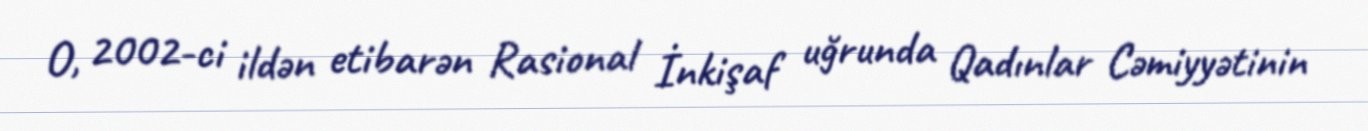
O, 2002-ci ildən etibarən Rasional İnkişaf uğrunda Qadınlar Cəmiyyətinin